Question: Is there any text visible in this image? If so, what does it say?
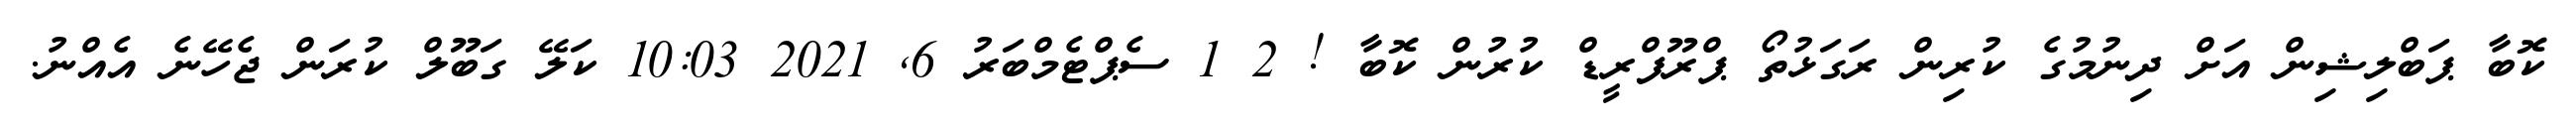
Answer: ކޮބާ ޕަބްލިޝިން އަށް ދިނުމުގެ ކުރިން ރަގަޅުތޯ ޕްރޫފްރީޑް ކުރުން ކޮބާ ! 2 1 ސެޕްޓެމްބަރު 6, 2021 10:03 ކަލޭ ގަބޫލް ކުރަން ޖެހޭނެ އެއްނު.